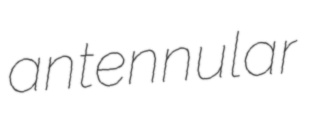
antennular